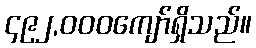
၄၉၂,၀၀၀ကျော်ရှိသည်။